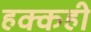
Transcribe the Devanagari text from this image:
हक्कही